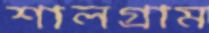
শালগ্রাম